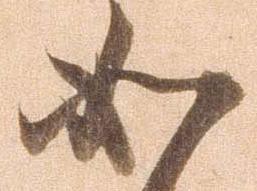
如